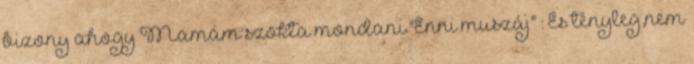
bizony ahogy Mamám szokta mondani."Enni muszáj" : És tényleg,nem